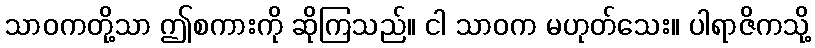
သာဝကတို့သာ ဤစကားကို ဆိုကြသည်။ ငါ သာဝက မဟုတ်သေး။ ပါရာဇိကသို့